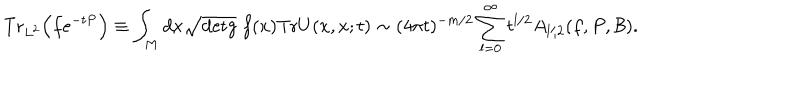
LaTeX: \mathrm { { T r } } _ { L ^ { 2 } } \Bigr ( f e ^ { - t P } \Bigr ) \equiv \int _ { M } d x \sqrt { \mathrm { { d e t } } g } \; f ( x ) \mathrm { { T r } } U ( x , x ; t ) \sim ( 4 \pi t ) ^ { - m / 2 } \sum _ { l = 0 } ^ { \infty } t ^ { l / 2 } A _ { l / 2 } ( f , P , { \cal B } ) .